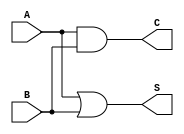
module threshold_half_adder (
    input wire A,      // First binary input
    input wire B,      // Second binary input
    output wire S,     // Sum output
    output wire C      // Carry output
);

// Sum output (S) is 1 if A + B >= 1, otherwise 0
assign S = (A | B); // S = A XOR B can be simplified to A | B for this threshold logic

// Carry output (C) is 1 if both A and B are 1
assign C = A & B; // C = A AND B

endmodule